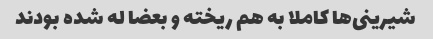
شیرینى‌ها کاملا به هم ریخته و بعضا له شده بودند